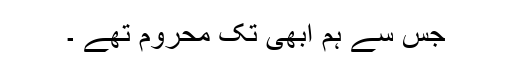
جس سے ہم ابھی تک محروم تھے ۔